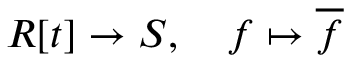
R [ t ] \to S , \quad f \mapsto { \overline { { f } } }